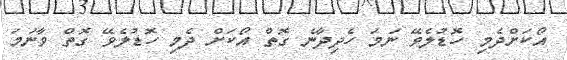
އޯކަށްދެމި ހޮޑުލެވޭ ނަމަ ހެދިދާނެ ގޮތް އޯކަށް ދެމި ހޮޑުލެވޭ ގޮތް ވާނަމަ